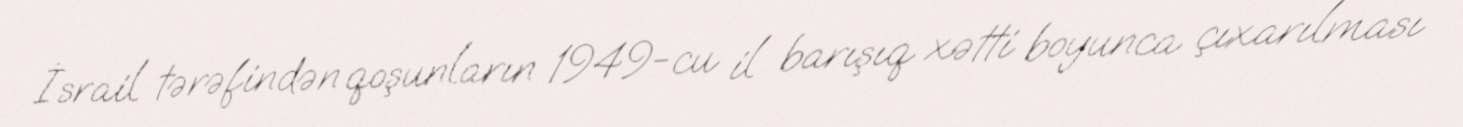
İsrail tərəfindən qoşunların 1949-cu il barışıq xətti boyunca çıxarılması